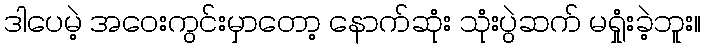
ဒါပေမဲ့ အဝေးကွင်းမှာတော့ နောက်ဆုံး သုံးပွဲဆက် မရှုံးခဲ့ဘူး။